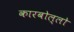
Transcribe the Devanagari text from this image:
कारबोल्लो